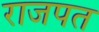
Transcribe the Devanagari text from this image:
राजपत